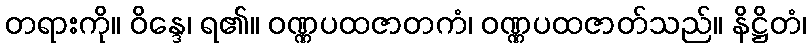
တရားကို။ ဝိန္ဒေ၊ ရ၏။ ဝဏ္ဏပထဇာတကံ၊ ဝဏ္ဏပထဇာတ်သည်။ နိဋ္ဌိတံ၊